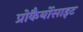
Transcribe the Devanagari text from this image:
प्रोकैर्योसाइट